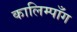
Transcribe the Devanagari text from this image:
कालिम्पाँग